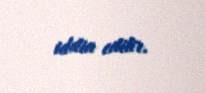
iddia edilir.